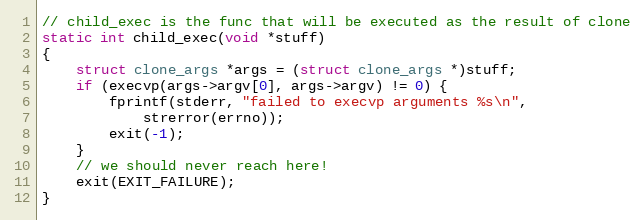
Language: C
// child_exec is the func that will be executed as the result of clone
static int child_exec(void *stuff)
{
	struct clone_args *args = (struct clone_args *)stuff;
	if (execvp(args->argv[0], args->argv) != 0) {
		fprintf(stderr, "failed to execvp arguments %s\n",
			strerror(errno));
		exit(-1);
	}
	// we should never reach here!
	exit(EXIT_FAILURE);
}